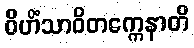
ဝိဟိံသာဝိတက္ကေနာတိ